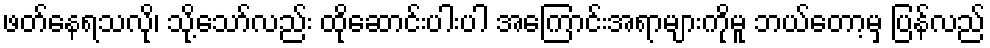
ဖတ်နေရသလို၊ သို့သော်လည်း ထိုဆောင်းပါးပါ အကြောင်းအရာများကိုမူ ဘယ်တော့မှ ပြန်လည်